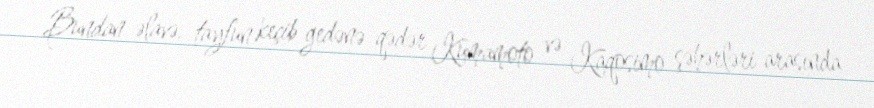
Bundan əlavə, tayfun keçib gedənə qədər Kumamoto və Kaqosimo şəhərləri arasında